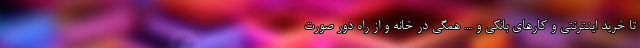
تا خرید اینترنتی و کارهای بانکی و .... همگی در خانه و از راه دور صورت